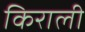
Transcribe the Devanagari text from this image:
किराली